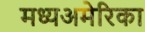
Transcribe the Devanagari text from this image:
मध्यअमेरिका